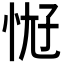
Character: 𫺀